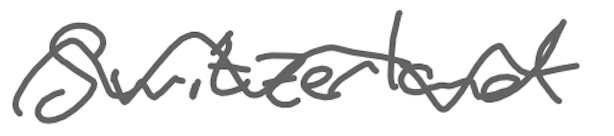
Text: Switzerland
Cross-out: wave
Writing tool: digital_gray